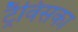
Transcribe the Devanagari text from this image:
ट्रैविसका